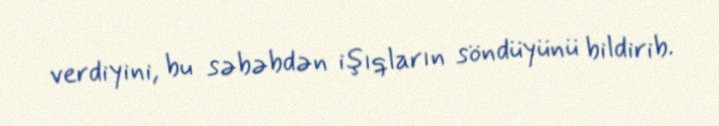
verdiyini, bu səbəbdən işıqların söndüyünü bildirib.